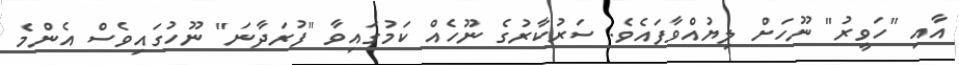
އާއި "ހަވީރު" ނޫހަށް ލިޔުއްވާފައެވެ. ސަރުކާރުގެ ނޫހެއް ކަމުގައިވާ "ފުރަދާނަ" ނޫހުގައިވެސް އެންމެ